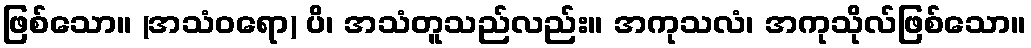
ဖြစ်သော။ (အသံဝရော) ပိ၊ အသံတူသည်လည်း။ အကုသလံ၊ အကုသိုလ်ဖြစ်သော။